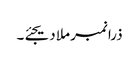
ذرا نمبر ملا دیجئے۔